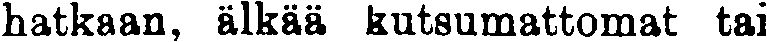
hatkaan, älkää kutsumattomat tai